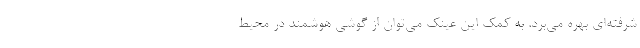
شرفته‌ای بهره می‌برد. به کمک این عینک می‌توان از گوشی هوشمند در محیط